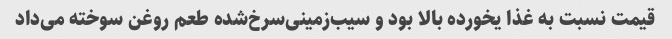
قیمت نسبت به غذا یخورده بالا بود و سیب‌زمینی‌سرخ‌شده طعم روغن سوخته می‌داد